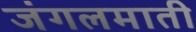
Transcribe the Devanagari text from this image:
जंगलमाती